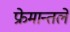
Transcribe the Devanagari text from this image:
फ्रेमान्तले